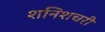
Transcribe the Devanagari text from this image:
शनिशचरी